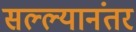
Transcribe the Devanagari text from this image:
सल्ल्यानंतर